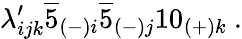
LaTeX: \lambda_{ijk}^{\prime}\overline{{{5}}}_{(-)i}\overline{{{5}}}_{(-)j}10_{(+)k}\ .